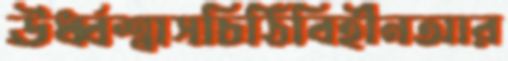
ঊর্ধ্বশ্বাসচিঠিবিহীনআর